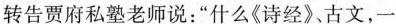
转告贾府私塾老师说：”什么《诗经》、古文，一